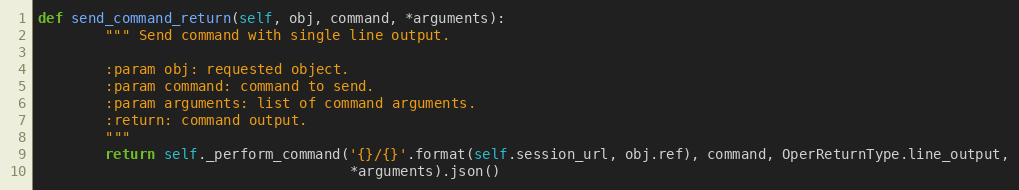
Language: Python
def send_command_return(self, obj, command, *arguments):
        """ Send command with single line output.

        :param obj: requested object.
        :param command: command to send.
        :param arguments: list of command arguments.
        :return: command output.
        """
        return self._perform_command('{}/{}'.format(self.session_url, obj.ref), command, OperReturnType.line_output,
                                     *arguments).json()